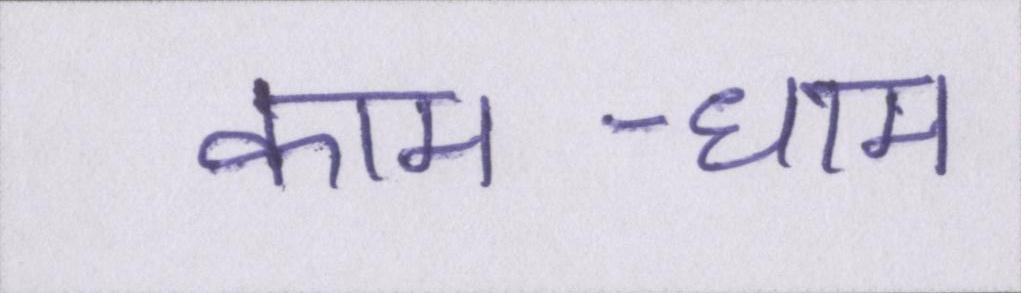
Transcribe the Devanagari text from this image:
काम-धाम